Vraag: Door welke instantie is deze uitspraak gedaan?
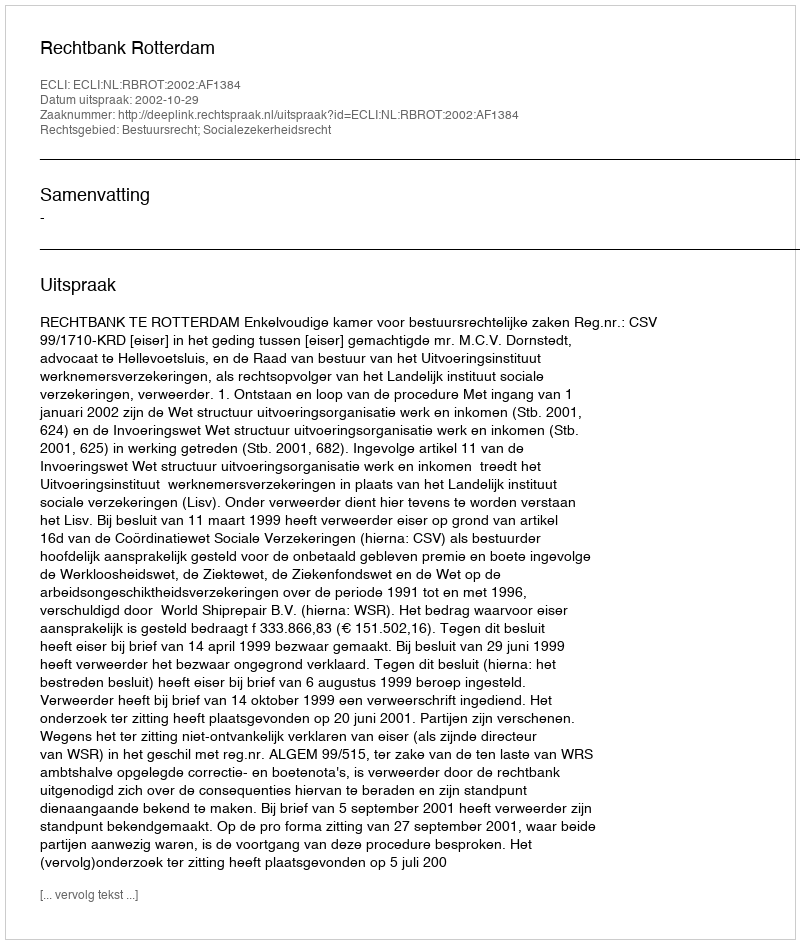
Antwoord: Rechtbank Rotterdam